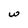
Character: w